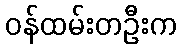
ဝန်ထမ်းတဦးက